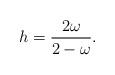
LaTeX: \begin{align*}h = \frac{2\omega}{2-\omega}.\end{align*}